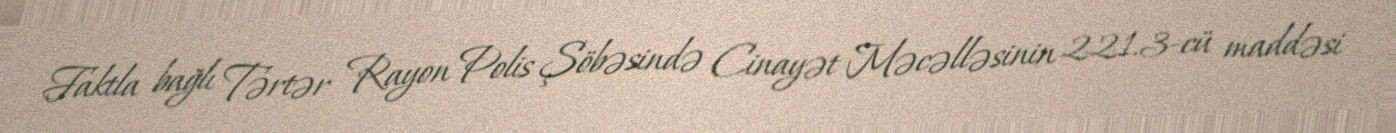
Faktla bağlı Tərtər Rayon Polis Şöbəsində Cinayət Məcəlləsinin 221.3-cü maddəsi